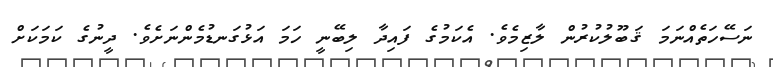
ނަސޭހަތެއްނަމަ ޤަބޫލުކުރުން ލާޒިމެވެ. އެކަމުގެ ފައިދާ ލިބޭނީ ހަމަ އަޅުގަނޑުމެންނަށެވެ. ދީނުގެ ކަމަކަށް